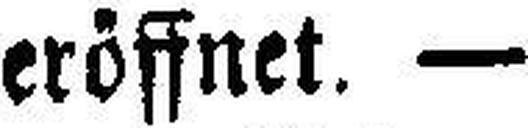
eröffnet. —